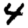
Digit: 4